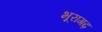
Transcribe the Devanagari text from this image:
भूरागढ़